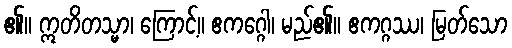
၏။ ဣတိတသ္မာ၊ ကြောင့်။ ဧကဂ္ဂေါ၊ မည်၏။ ဧကဂ္ဂဿ၊ မြတ်သော